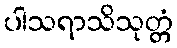
ပါသရာသိသုတ္တံ